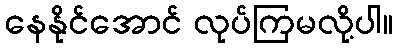
နေနိုင်အောင် လုပ်ကြမလို့ပါ။